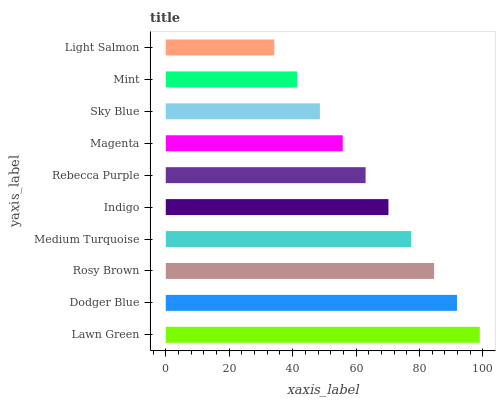
| yaxis_label | bars |
 | --- | --- |
 | Lawn Green | 99 |
 | Dodger Blue | 91.8 |
 | Rosy Brown | 84.6 |
 | Medium Turquoise | 77.4 |
 | Indigo | 70.2 |
 | Rebecca Purple | 63 |
 | Magenta | 55.8 |
 | Sky Blue | 48.6 |
 | Mint | 41.4 |
 | Light Salmon | 34.2 |